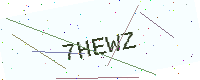
Text: 7HEWZ